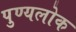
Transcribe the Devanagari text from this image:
पुण्यलोक